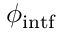
\phi _ { \mathrm { i n t f } }